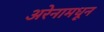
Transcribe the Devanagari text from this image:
अरेनामधून